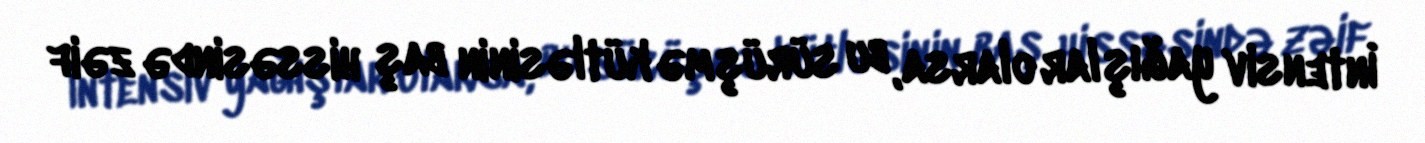
İntensiv yağışlar olarsa, bu sürüşmə kütləsinin baş hissəsində zəif